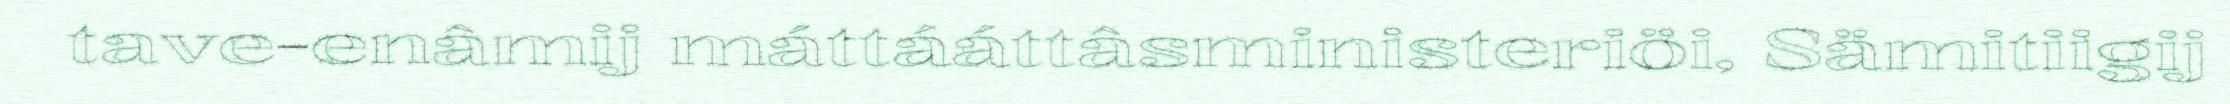
tave-enâmij máttááttâsministeriöi, Sämitiigij